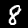
Label: 8